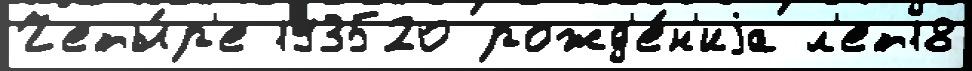
Четы́р'е 193520 рожд'е́н'иjа л'ет18